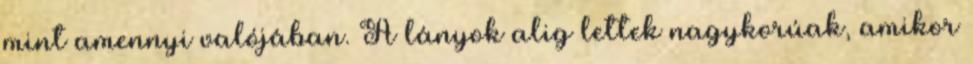
mint amennyi valójában. A lányok alig lettek nagykorúak, amikor